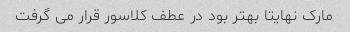
مارک نهایتا بهتر بود در عطف کلاسور قرار می گرفت